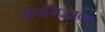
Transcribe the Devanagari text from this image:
संचसिद्धान्त